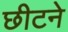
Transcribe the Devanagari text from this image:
छीटने